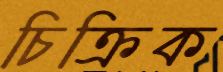
চিক্রিক